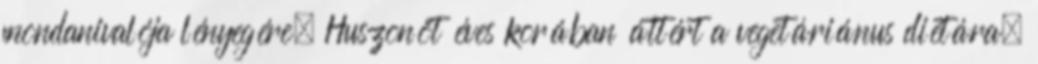
mondanivalója lényegére. Huszonöt éves korában áttért a vegetáriánus diétára;